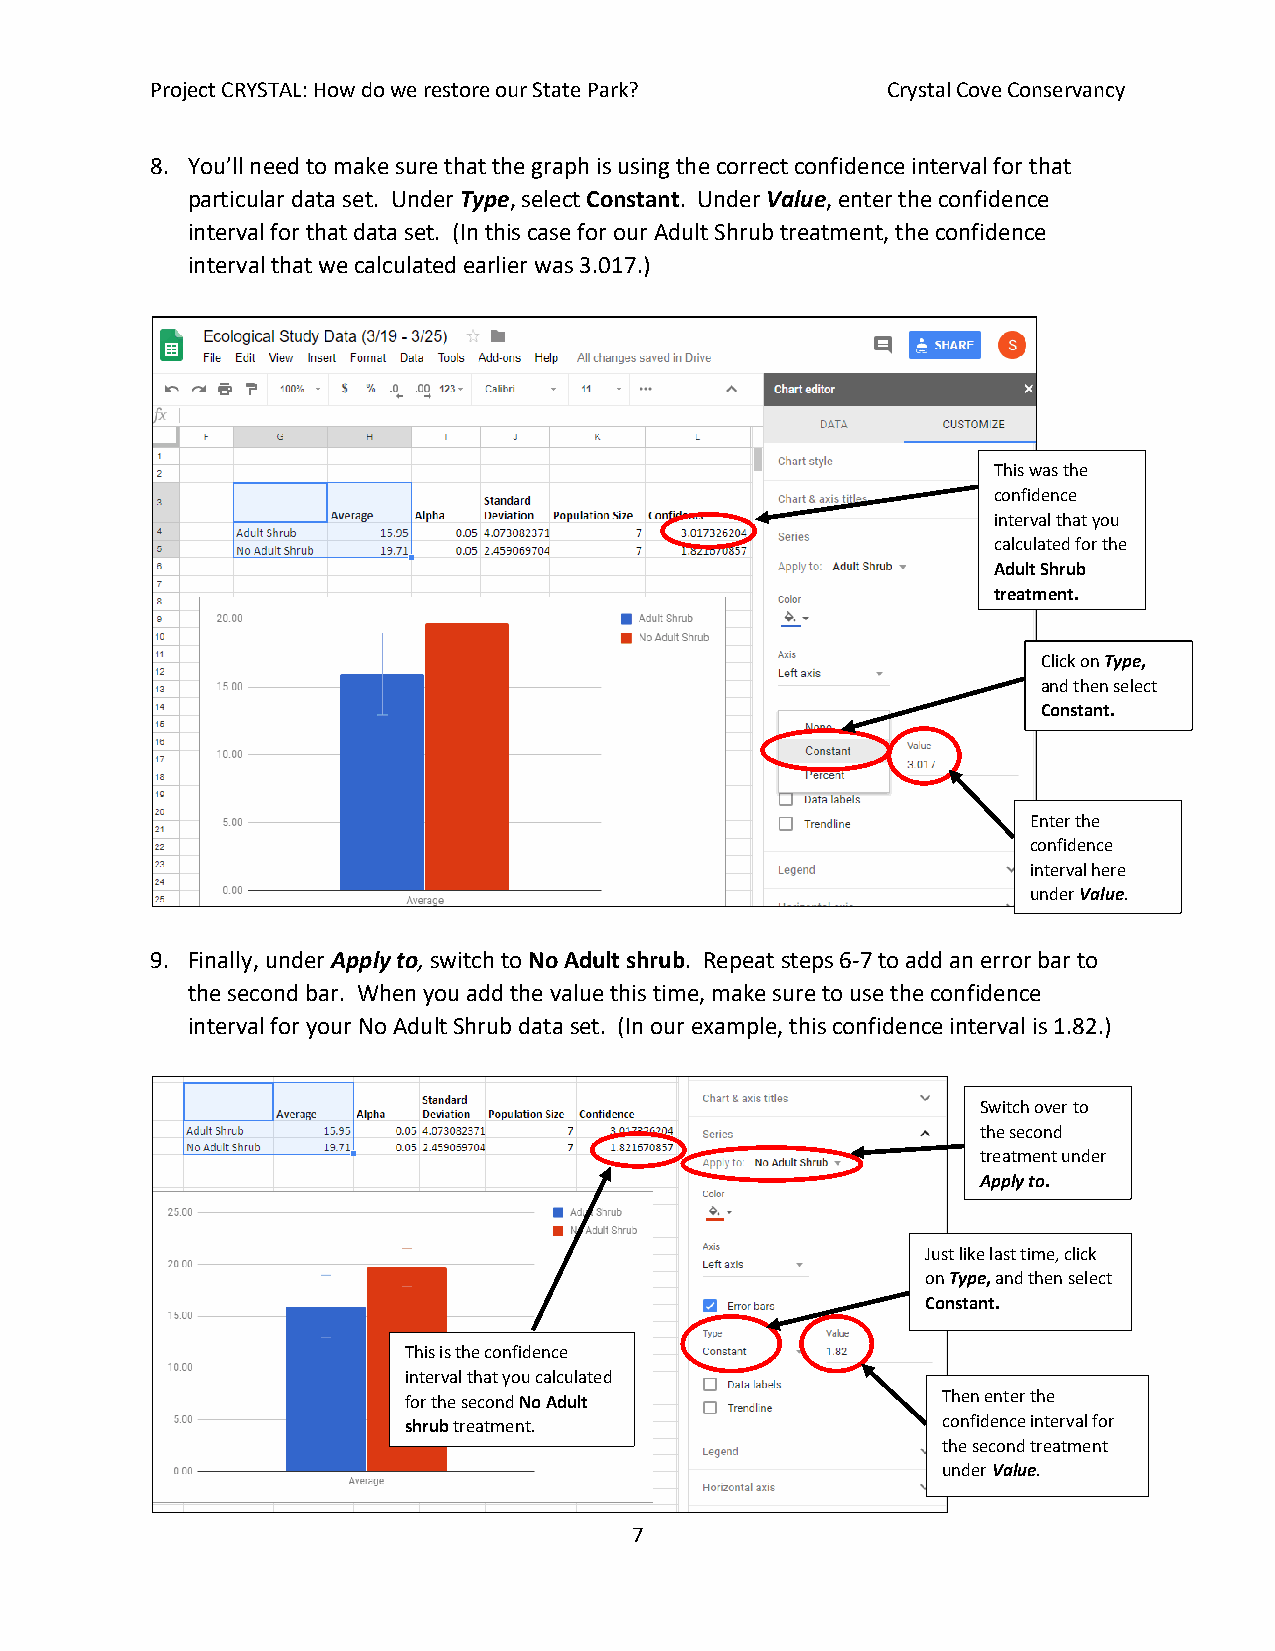
Project CRYSTAL: How do we restore our State Park? Crystal Cove Conservancy
 8. You’ll need to make sure that the graph is using the correct confidence interval for that
 particular data set. Under Type, select Constant. Under Value, enter the confidence
 interval for that data set. (In this case for our Adult Shrub treatment, the confidence
 interval that we calculated earlier was 3.017.)
 This was the
 confidence
 interval that you
 calculated for the
 Adult Shrub
 treatment.
 Click on Type,
 and then select
 Constant.
 Enter the
 confidence
 interval here
 u nder Value.
 9. Finally, under Apply to, switch to No Adult shrub. Repeat steps 6-7 to add an error bar to
 the second bar. When you add the value this time, make sure to use the confidence
 interval for your No Adult Shrub data set. (In our example, this confidence interval is 1.82.)
 Switch over to
 the second
 treatment under
 Apply to.
 Just like last time, click
 on Type, and then select
 Constant.
 This is the confidence
 interval that you calculated
 for the second No Adult            Then enter the
 shrub treatment.                   confidence interval for
 the second treatment
 under Value.
 7